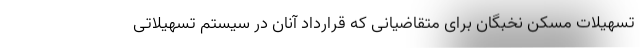
تسهیلات مسکن نخبگان برای متقاضیانی که قرارداد آنان در سیستم تسهیلاتی